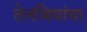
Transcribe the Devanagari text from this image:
तेलबियांचा